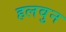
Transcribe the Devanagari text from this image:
हलवुन